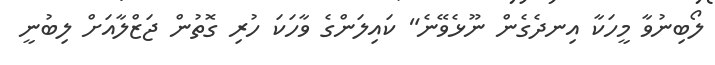
ލޯބިނުވާ މީހަކާ އިނދެގެން ނޫޅެވޭނެ" ކައިލަންގެ ވާހަކަ ހުރި ގޮތުން ޖަޒްލާއަށް ލިބުނީ